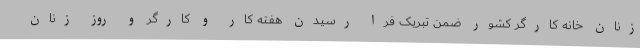
زنان خانه کارگر کشور ضمن تبریک فرا رسیدن هفته کار و کارگر و روز زنان